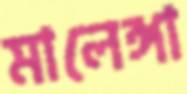
মালেঙ্গা